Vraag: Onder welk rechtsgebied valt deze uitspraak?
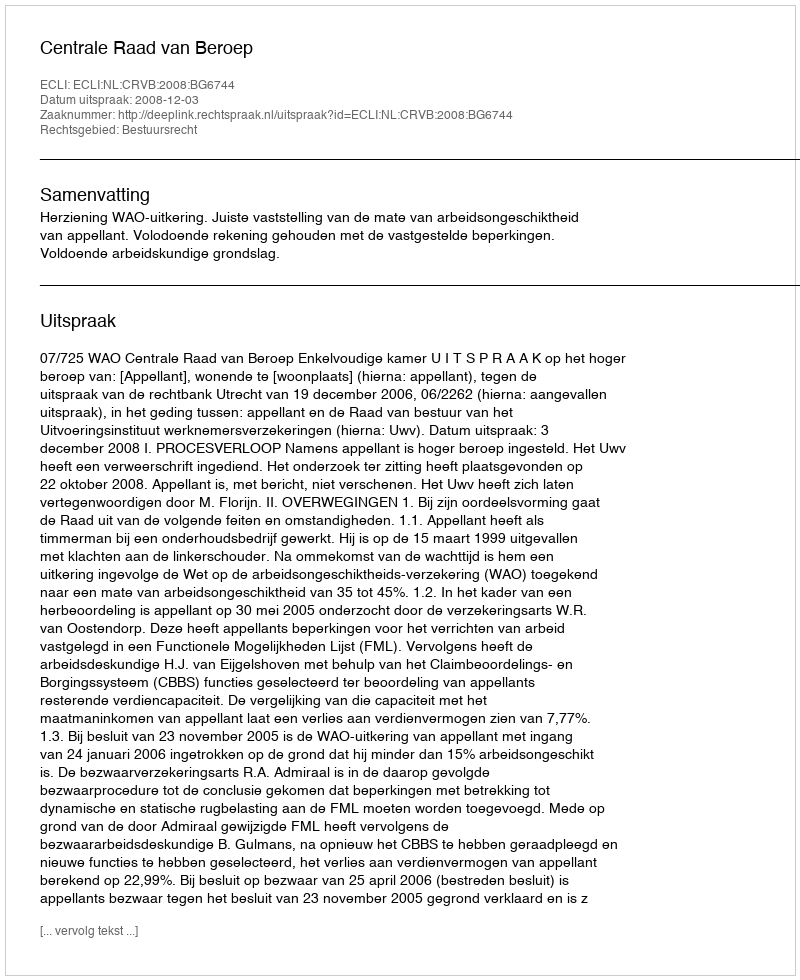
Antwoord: Bestuursrecht